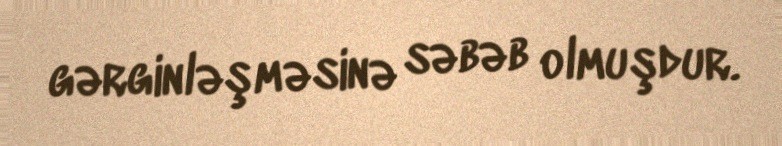
gərginləşməsinə səbəb olmuşdur.